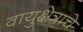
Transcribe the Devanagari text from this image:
वायुक्षेत्राचे